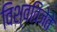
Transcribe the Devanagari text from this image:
विश्वविजेते